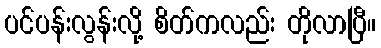
ပင်ပန်းလွန်းလို့ စိတ်ကလည်း တိုလာပြီ။